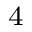
_ { \textrm { 4 } }